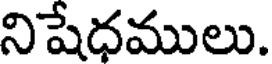
నిషేధములు.